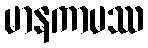
မာနကာမဿ